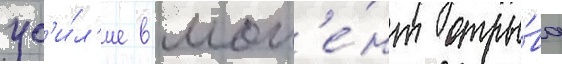
ус'и́л'ие в мом'е́нт отры́ва